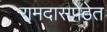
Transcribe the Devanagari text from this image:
रामदासपेठेत